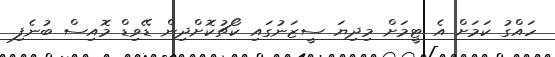
ހައްގު ކަމަށް އެ ޓީމަށް މިދިޔަ ސީޒަނުގައި ކޯޗުކޮށްދިން ޑޭވިޑް މޮއިސް ބުނެފި